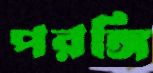
পরঙ্গি